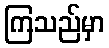
ကြသည်မှာ